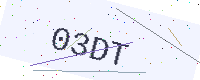
Text: 03DT